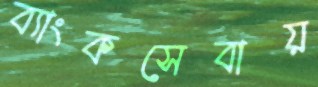
ব্যাংকসেবায়